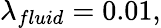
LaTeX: \lambda_{fluid}=0.01,